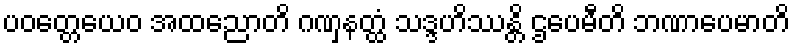
ပဝတ္တေယေဝ အထညောတိ ဂဏှနတ္ထံ သဒ္ဒဟိဿန္တိ ဌပေမီတိ ဘဏာပေမာတိ